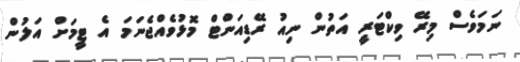
ނަމަވެސް މިރޭ ވިކްޓަރީ އަތުން ނިއު ރޭޑިއަންޓް މޮޅުވެއްޖެނަމަ އެ ޓީމަށް އަލުން